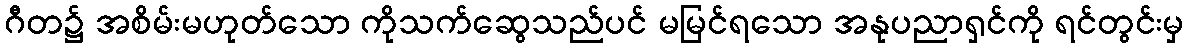
ဂီတ၌ အစိမ်းမဟုတ်သော ကိုသက်ဆွေသည်ပင် မမြင်ရသော အနုပညာရှင်ကို ရင်တွင်းမှ